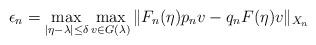
LaTeX: \begin{align*}\epsilon_n = \max_{|\eta-\lambda| \le \delta}\max_{v \in G(\lambda)} \| F_n(\eta)p_n v - q_n F(\eta) v\|_{X_n}\end{align*}